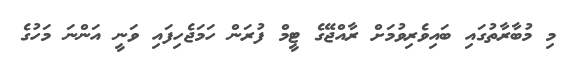
މި މުބާރާތުގައި ބައިވެރިވުމަށް ރާއްޖޭގެ ޓީމް ފުރަން ހަމަޖެހިފައި ވަނީ އަންނަ މަހުގެ